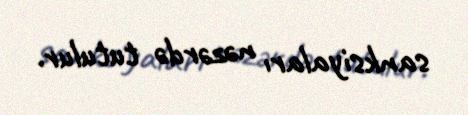
sanksiyaları nəzərdə tutulur.